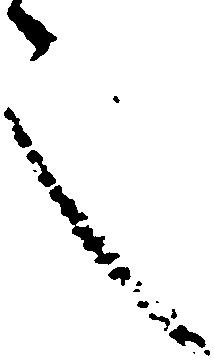
之